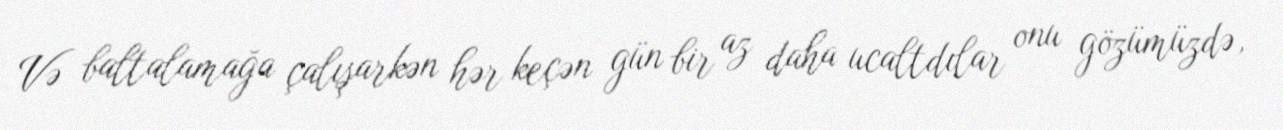
Və baltalamağa çalışarkən hər keçən gün bir az daha ucaltdılar onu gözümüzdə,